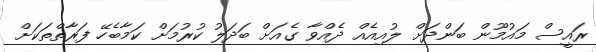
ރައީސް މައުމޫން ބަންދަށް ލުއިއެއް ދެއްވާ ގެއަށް ބަދަލު ކުރުމަށް ކަމާބެހޭ ފަރާތްތަކަށް